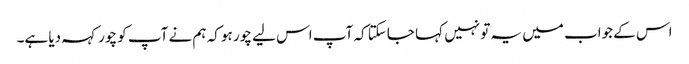
اس کے جواب میں یہ تو نہیں کہا جاسکتا کہ آپ اس لیے چور ہو کہ ہم نے آپ کو چور کہہ دیا ہے۔